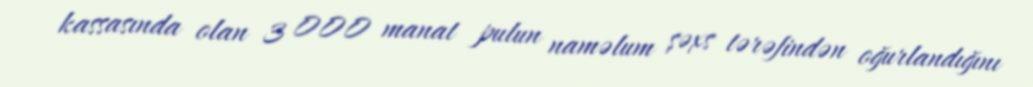
kassasında olan 3 000 manat pulun naməlum şəxs tərəfindən oğurlandığını